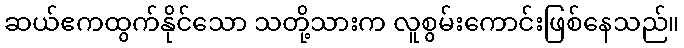
ဆယ်ဧကထွက်နိုင်သော သတို့သားက လူစွမ်းကောင်းဖြစ်နေသည်။